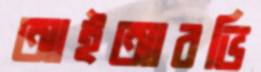
আইআরভি